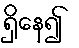
ရှိနေ၍